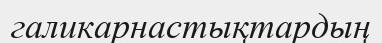
галикарнастықтардың